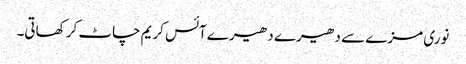
نوری مزے سے دھیرے دھیرے آئس کریم چاٹ کر کھاتی۔